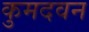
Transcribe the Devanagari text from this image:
कुमदवन